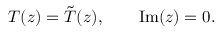
T ( z ) = \tilde { T } ( z ) , \qquad \mathrm { I m } ( z ) = 0 .